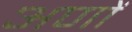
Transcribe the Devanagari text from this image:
अणों